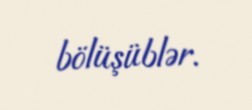
bölüşüblər.